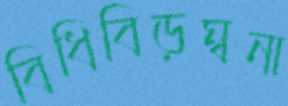
বিধিবিড়ম্বনা